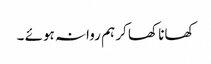
کھانا کھا کر ہم روانہ ہوئے ۔